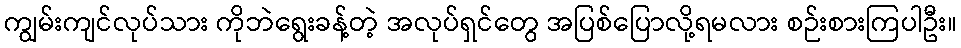
ကျွမ်းကျင်လုပ်သား ကိုဘဲရွေးခန့်တဲ့ အလုပ်ရှင်တွေ အပြစ်ပြောလို့ရမလား စဉ်းစားကြပါဦး။